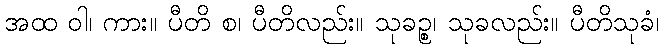
အထ ဝါ၊ ကား။ ပီတိ စ၊ ပီတိလည်း။ သုခဉ္စ၊ သုခလည်း။ ပီတိသုခံ၊